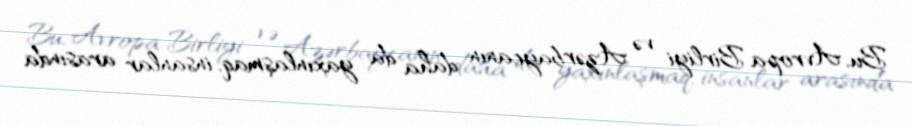
Bu, Avropa Birliyi və Azərbaycanın daha da yaxınlaşmaq, insanlar arasında